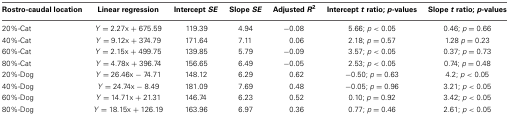
| Rostro-caudal location | Linear regression | Intercept SE | Slope SE | Adjusted R2 | Intercept t ratio; p-values | Slope t ratio; p-values |
 | --- | --- | --- | --- | --- | --- | --- |
 | 20%-Cat | Y = 2.27x + 675.59 | 119.39 | 4.94 | −0.08 | 5.66; p < 0.05 | 0.46; p = 0.66 |
 | 40%-Cat | Y = 9.12x + 374.79 | 171.64 | 7.11 | 0.06 | 2.18; p = 0.57 | 1.28 p = 0.23 |
 | 60%-Cat | Y = 2.15x + 499.75 | 139.85 | 5.79 | −0.09 | 3.57; p < 0.05 | 0.37; p = 0.73 |
 | 80%-Cat | Y = 4.78x + 396.74 | 156.65 | 6.49 | −0.05 | 2.53; p < 0.05 | 0.74; p = 0.48 |
 | 20%-Dog | Y = 26.46x − 74.71 | 148.12 | 6.29 | 0.62 | −0.50; p = 0.63 | 4.2; p < 0.05 |
 | 40%-Dog | Y = 24.74x − 8.49 | 181.09 | 7.69 | 0.48 | −0.05; p = 0.96 | 3.21; p < 0.05 |
 | 60%-Dog | Y = 14.71x + 21.31 | 146.74 | 6.23 | 0.52 | 0.10; p = 0.92 | 3.42; p < 0.05 |
 | 80%-Dog | Y = 18.15x + 126.19 | 163.96 | 6.97 | 0.36 | 0.77; p = 0.46 | 2.61; p < 0.05 |